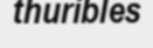
thuribles